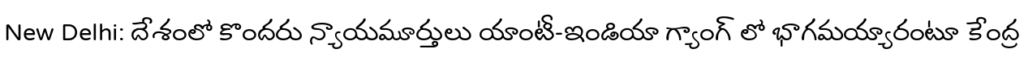
New Delhi: దేశంలో కొందరు న్యాయమూర్తులు యాంటీ-ఇండియా గ్యాంగ్ లో భాగమయ్యారంటూ కేంద్ర